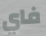
فاي